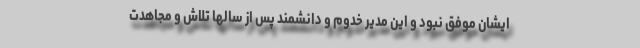
ایشان موفق نبود و این مدیر خدوم و دانشمند پس از سالها تلاش و مجاهدت